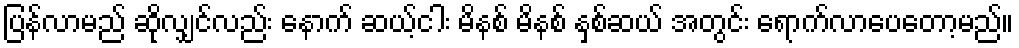
ပြန်လာမည် ဆိုလျှင်လည်း နောက် ဆယ့်ငါး မိနစ် မိနစ် နှစ်ဆယ် အတွင်း ရောက်လာပေတော့မည်။